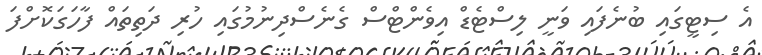
އެ ސިޓީގައި ބުނެފައި ވަނީ ލިސްޓެޑް އިވެންޓްސް ގެނެސްދިނުމުގައި ހުރި ދަތިތައް ފާހަގަކޮށްފަ